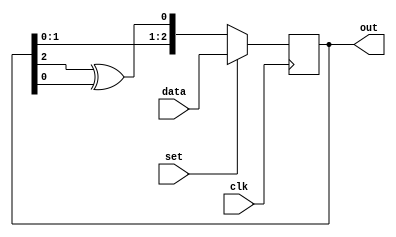
module LFSR (clk, set, data, out);
    input clk, set;
    input [2:0] data;
    output reg [2:0] out;
    reg r_xor;
    always @(posedge clk) begin
        if(set)
            out <= data;
        else 
            out <= {out[1], out[0], out[2]^out[0]};
    
    end 
 
endmodule